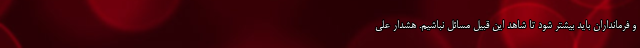
و فرمانداران باید بیشتر شود تا شاهد این قبیل مسائل نباشیم. هشدار علی